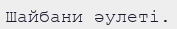
Шайбани әулеті.